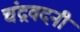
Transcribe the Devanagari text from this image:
चंद्रवदनी